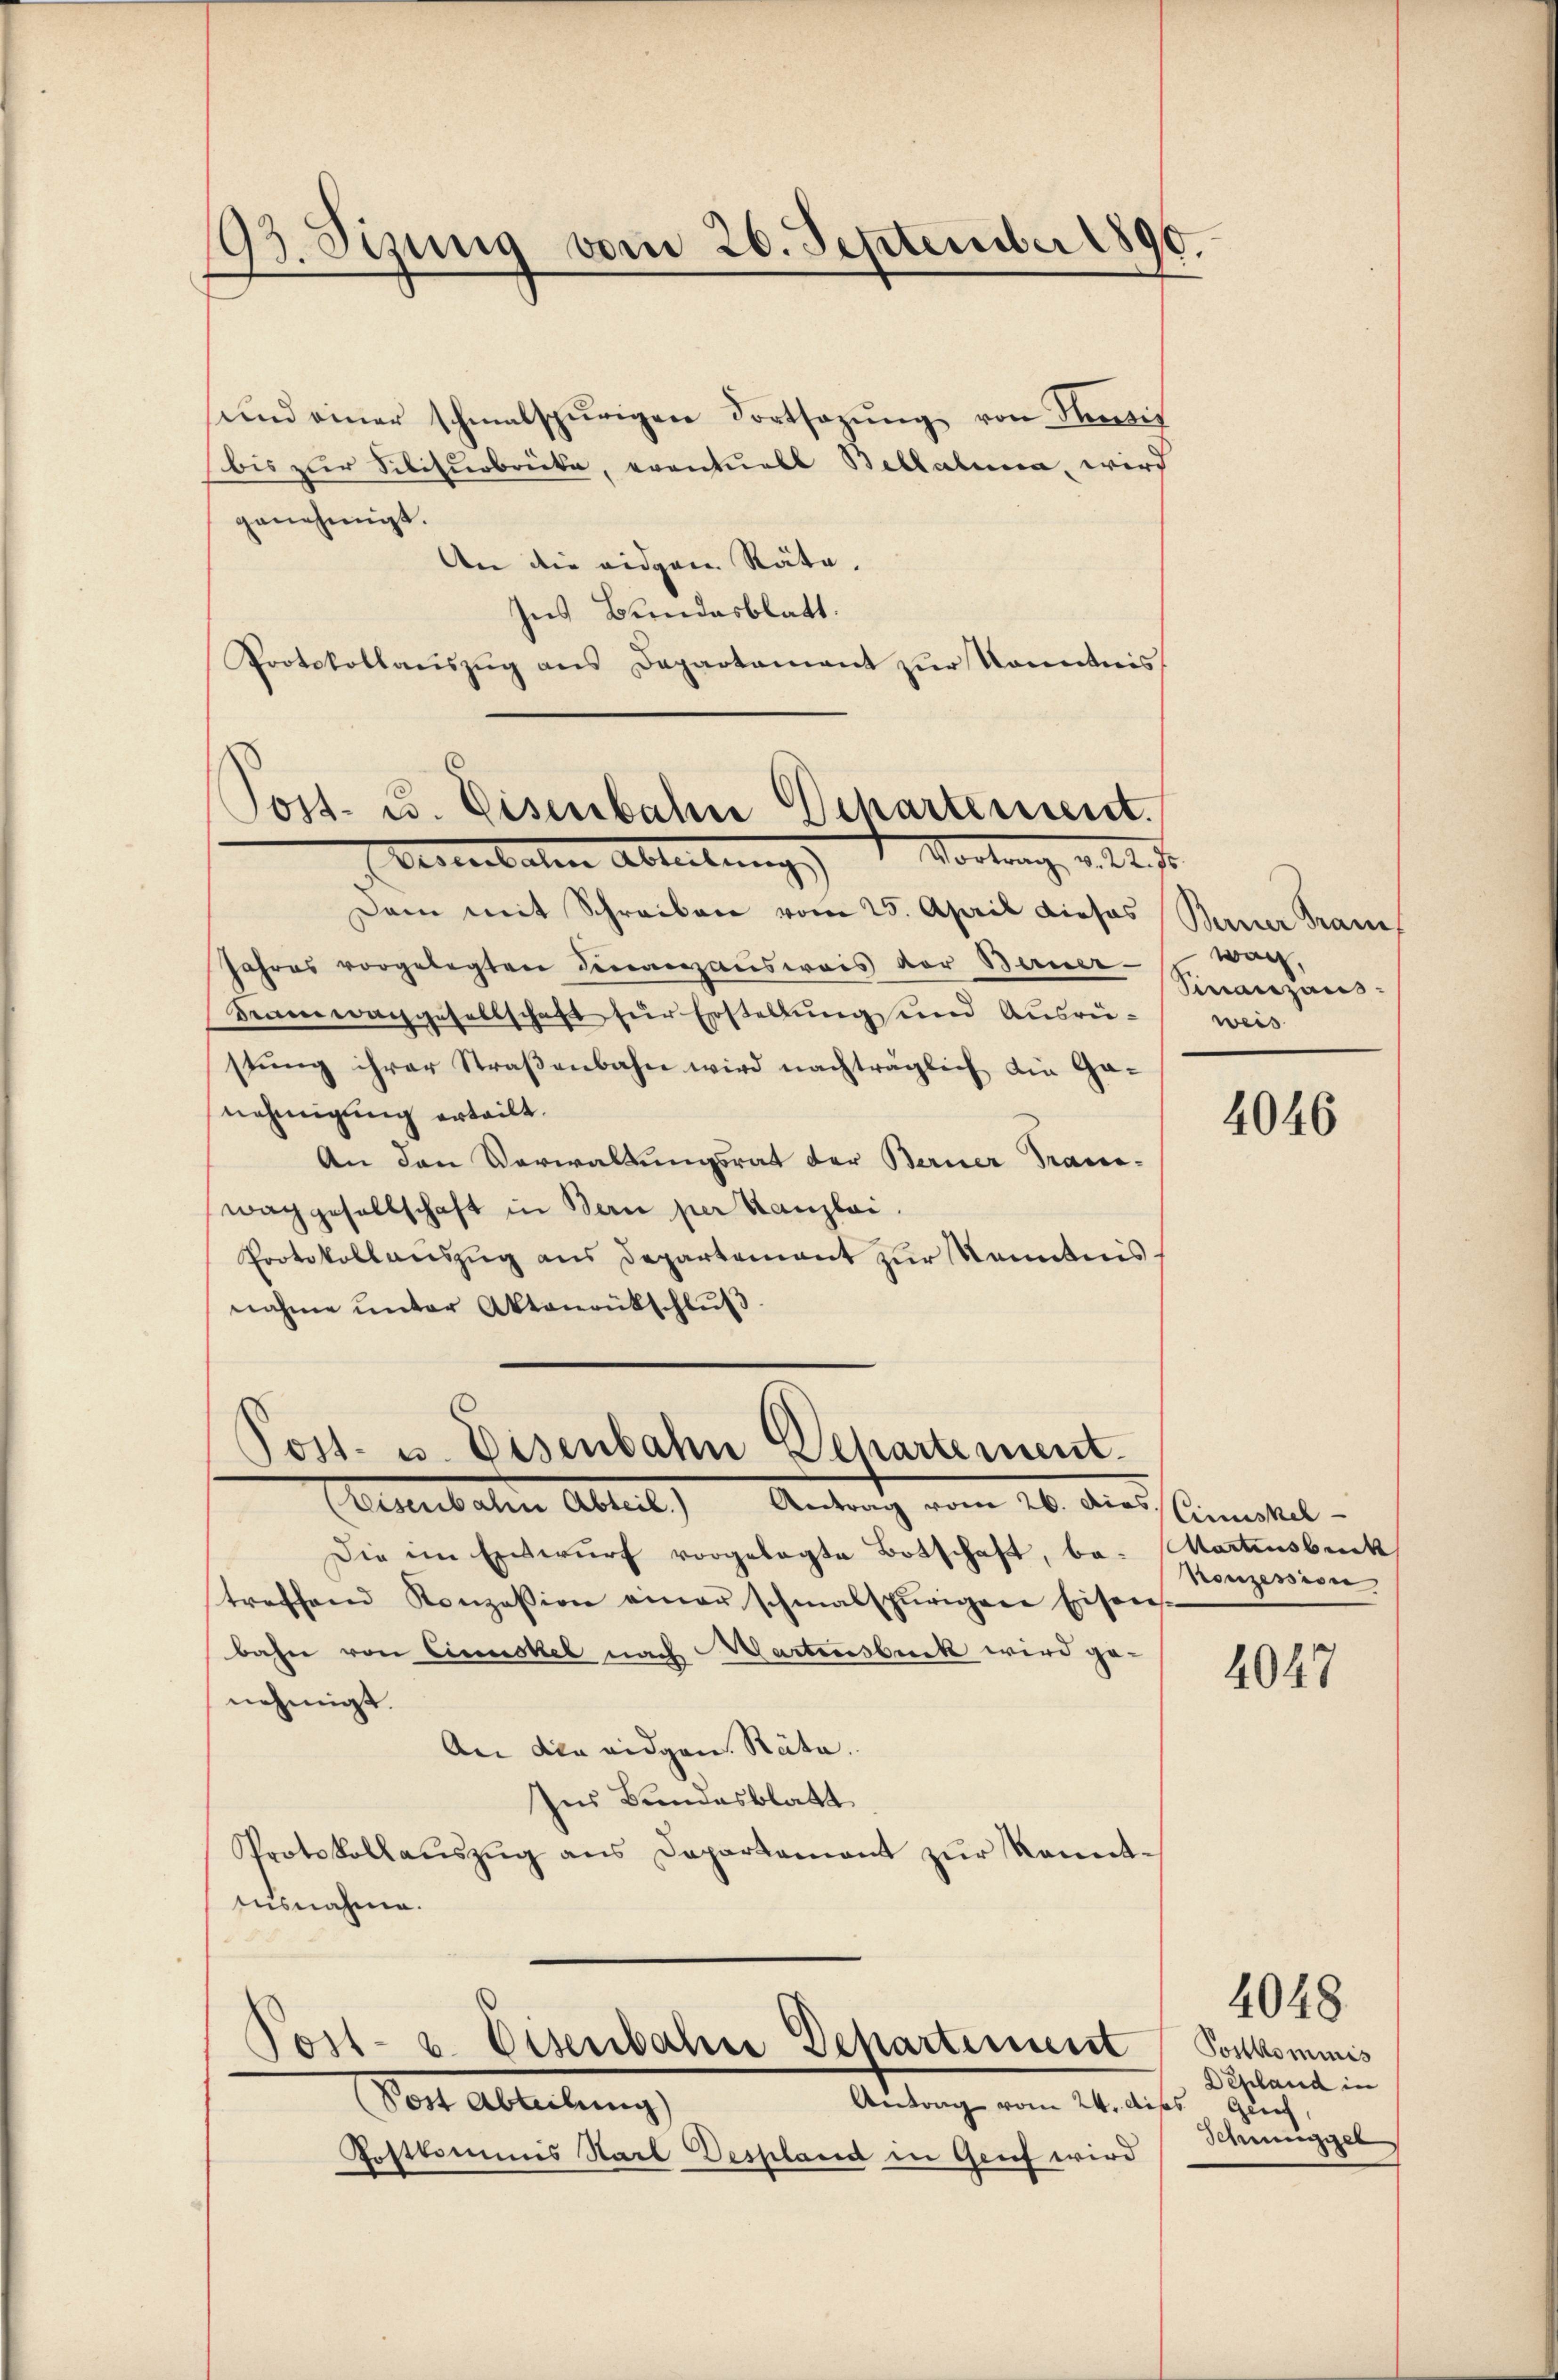
93. Sizung vom 26. September 1890.

sund einer schmalspurigen Fortsazung von Pensis
bis zur Sibiturbrücke, eventuell Bellatina, wird
genehmigt.
An die eidgen Räte.
Ins Bundesblatt.
Protokollaŭszŭg ans Departament zŭr Kenntnis

Post. C. Eisenbahn Departement.
Uerikalen Ableibung     Vortrag, u. 14. d.

Post. u. Eisenbahn Departement.
(Eisenbahn Abteil.) Antrag vom 26. dies.

Dam mit Schreibare vom 25. April dieses
Jahres vorgelegten Finanzausweis vor Berner-
Bramwachgesellschaft für Erstellung und Ausrüstŭng ihrer Straβenbahn wird nachträglich die Ga-
nehmigung erteilt.
An den Verwaltungsrat der Berner Trans-
wachgesellschaft in Bern per Kanzlai,
Protokollanszŭg ans Departement zŭr Kenntnis
nahme unter Aktenrütschlŭβ

Post- u. Eisenbahne Departement
Antrag vom 24. diss ich,
Vor Abteilung

Festkommis Starb Despland in Genf wird

Die im Entwurf vorgelegte Botschaft, be- Martensbuck
treffend Konzession einer schmalspurigen Eisen-
bahn von Cincskel nach Martensbuck wird genehmigt.
An die eidgen. Räte.
Ins Bundesblatt
Protokollaŭszŭg ans Departement zŭr Kennt-
Ausnahme.

Berner Franz
wach,
Finanzaus:
weis

4046

Cimuskel
Nonzesion

4047

Tonkominis
Desland in
Schniggel

4048